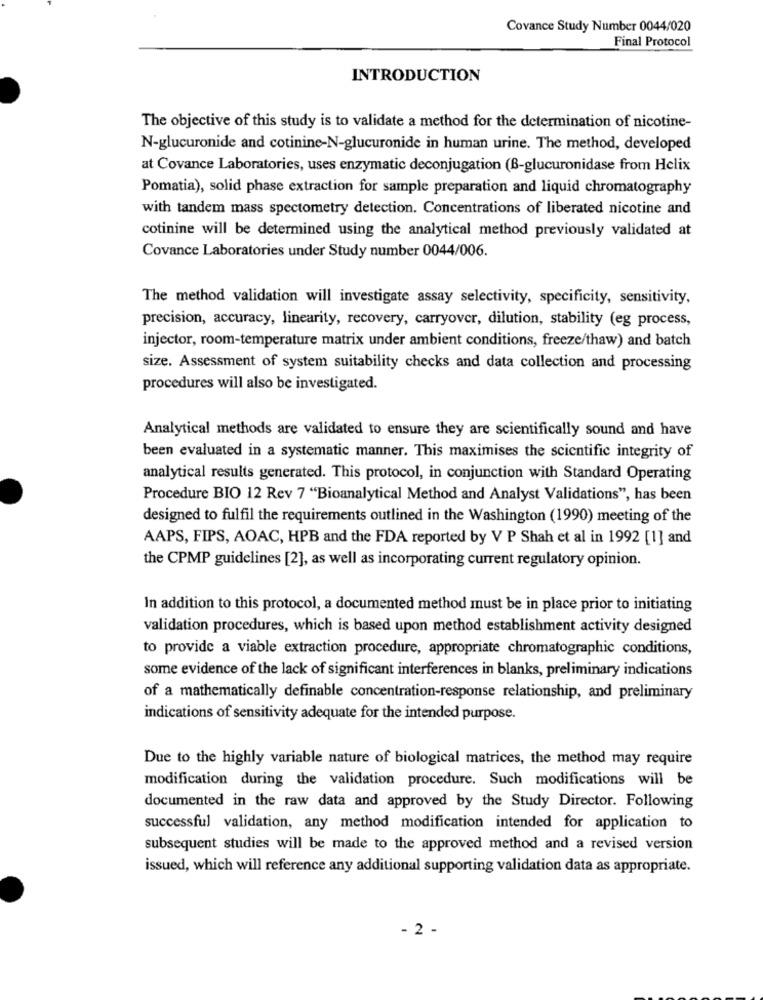
Covance Study Number 0044/020
Final Protocol
INTRODUCTION
The objective of this study is to validate a method for the determination of nicotine-
N-glucuronide and cotinine-N-glucuronide in human urine. The method, developed
at Covance Laboratories, uses enzymatic deconjugation (B-glucuronidase from Helix
Pomatia), solid phase extraction for sample preparation and liquid chromatography
with tandem mass spectometry detection. Concentrations of liberated nicotine and
cotinine will be determined using the analytical method previously validated at
Covance Laboratories under Study number 0044/006.
The method validation will investigate assay selectivity, specificity, sensitivity,
precision, accuracy, linearity, recovery, carryover, dilution, stability (eg process,
injector, room-temperature matrix under ambient conditions, freeze/thaw) and batch
size. Assessment of system suitability checks and data collection and processing
procedures will also be investigated.
Analytical methods are validated to ensure they are scientifically sound and have
been evaluated in a systematic manner. This maximises the scientific integrity of
analytical results generated. This protocol, in conjunction with Standard Operating
Procedure BIO 12 Rev 7 "Bioanalytical Method and Analyst Validations", has been
designed to fulfil the requirements outlined in the Washington (1990) meeting of the
AAPS, FIPS, AOAC, HPB and the FDA reported by V P Shah et al in 1992 [1] and
the CPMP guidelines [2], as well as incorporating current regulatory opinion.
In addition to this protocol, a documented method must be in place prior to initiating
validation procedures, which is based upon method establishment activity designed
to provide a viable extraction procedure, appropriate chromatographic conditions,
some evidence of the lack of significant interferences in blanks, preliminary indications
of a mathematically definable concentration-response relationship, and preliminary
indications of sensitivity adequate for the intended purpose.
Due to the highly variable nature of biological matrices, the method may require
modification during the validation procedure. Such modifications will be
documented in the raw data and approved by the Study Director. Following
successful validation, any method modification intended for application to
subsequent studies will be made to the approved method and a revised version
issued, which will reference any additional supporting validation data as appropriate.
- 2 -